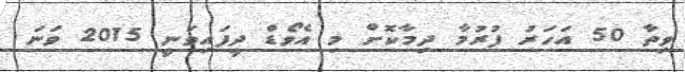
ވިތާ 50 އަހަރު ފުރުމާ ދިމާކޮށް މި އެވޯޑް ދީފައިވަނީ 2015 ވަނަ